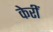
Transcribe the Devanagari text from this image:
केरीं